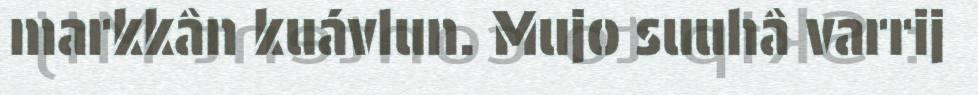
markkân kuávlun. Mujo suuhâ varrij